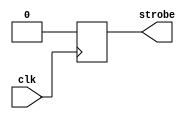
`timescale 1ns / 1ps
//////////////////////////////////////////////////////////////////////////////////
// Company: 
// Engineer: 
// 
// Design Name: 
// Module Name:    pps 
// Project Name: 
// Target Devices: 
// Tool versions: 
// Description: 
//
// Dependencies: 
//
// Revision: 
// Revision 0.01 - File Created
// Additional Comments: 
//
//////////////////////////////////////////////////////////////////////////////////
module pps #(parameter DIV = 0)(
    input wire clk,
	 output reg strobe
);

reg [27:0] cnt;
always @ (posedge clk)
begin
  if (cnt == (DIV-1))
  begin
    cnt <= 0;
	 strobe <= 1;
  end else begin 
    cnt <= cnt + 1;
	 strobe <= 0;
  end
end

initial
begin
  cnt = 0;
end

endmodule